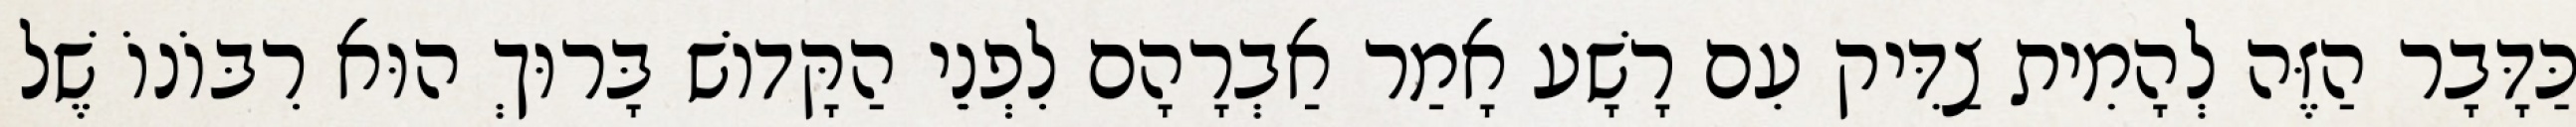
כַּדָּבָר הַזֶּה לְהָמִית צַדִּיק עִם רָשָׁע אָמַר אַבְרָהָם לִפְנֵי הַקָּדוֹשׁ בָּרוּךְ הוּא רִבּוֹנוֹ שֶׁל